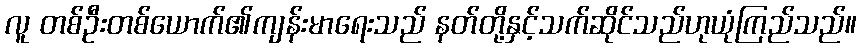
လူ တစ်ဦးတစ်ယောက်၏ကျန်းမာရေးသည် နတ်တို့နှင့်သက်ဆိုင်သည်ဟုယုံကြည်သည်။